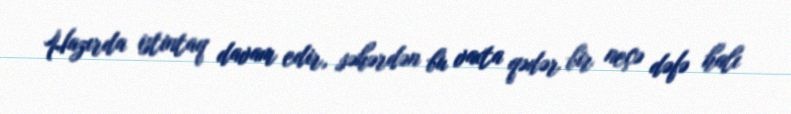
Hazırda istintaq davam edir, səhərdən bu vaxta qədər bir neçə dəfə halı